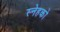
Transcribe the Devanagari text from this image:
स्नेहको